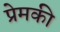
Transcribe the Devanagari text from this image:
प्रेमकी